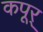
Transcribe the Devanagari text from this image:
कपूर्